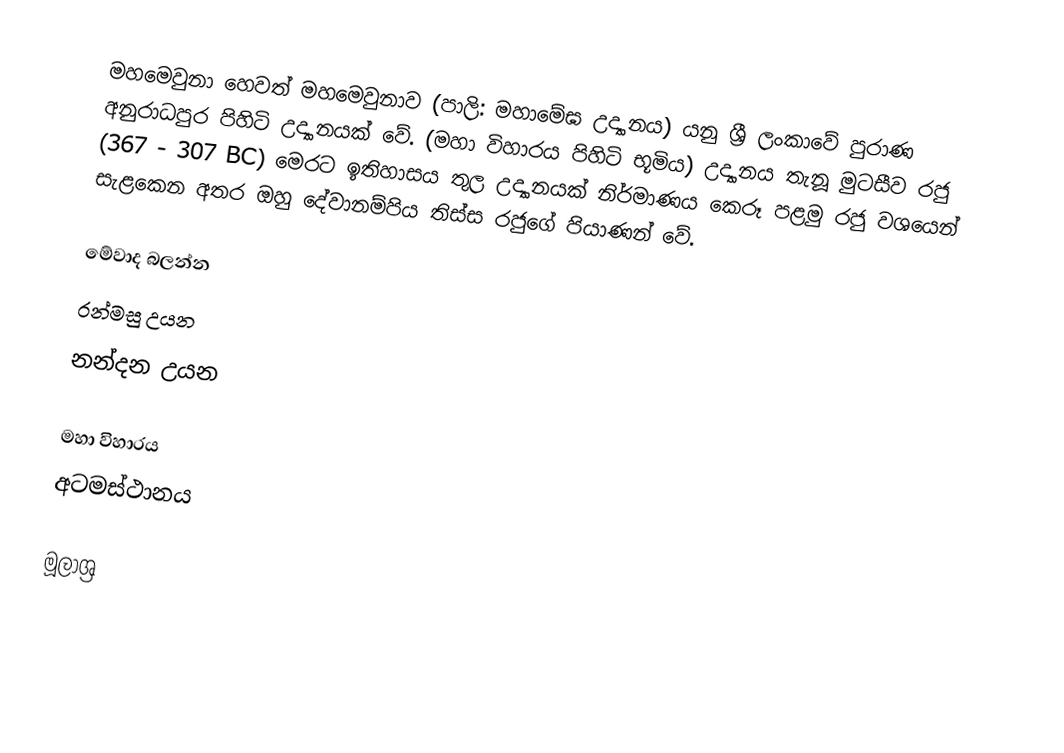
මහමෙවුනා  හෙවත් මහමෙවුනාව (පාලි: මහාමේඝ උද්‍යානය) යනු ශ්‍රී ලංකාවේ පුරාණ අනුරාධපුර පිහිටි උද්‍යානයක් වේ. (මහා විහාරය පිහිටි භූමිය) උද්‍යානය තැනූ මුටසීව රජු (367 - 307 BC) මෙරට ඉතිහාසය තුල උද්‍යානයක් නිර්මාණය කෙරූ පළමු රජු වශයෙන් සැළකෙන අතර ඔහු දේවානම්පිය තිස්ස රජුගේ පියාණන් වේ.

මේවාද බලන්න
 රන්මසු උයන
 නන්දන උයන

 මහා විහාරය
 අටමස්ථානය

මූලාශ්‍ර